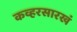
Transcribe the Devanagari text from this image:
कव्हरसारखं